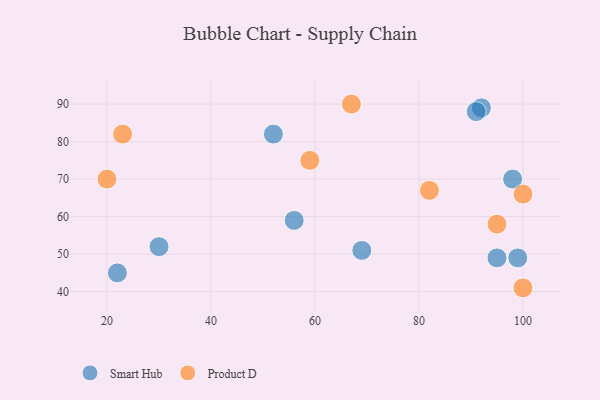
{"axis": {"x": "GDP", "y": "Life Expectancy"}, "legend": ["Product D", "Smart Hub"], "data": [{"x": "99", "y": 49, "type": "Smart Hub"}, {"x": "30", "y": 52, "type": "Smart Hub"}, {"x": "22", "y": 45, "type": "Smart Hub"}, {"x": "69", "y": 51, "type": "Smart Hub"}, {"x": "92", "y": 89, "type": "Smart Hub"}, {"x": "95", "y": 49, "type": "Smart Hub"}, {"x": "52", "y": 82, "type": "Smart Hub"}, {"x": "91", "y": 88, "type": "Smart Hub"}, {"x": "56", "y": 59, "type": "Smart Hub"}, {"x": "98", "y": 70, "type": "Smart Hub"}, {"x": "23", "y": 82, "type": "Product D"}, {"x": "100", "y": 66, "type": "Product D"}, {"x": "82", "y": 67, "type": "Product D"}, {"x": "20", "y": 70, "type": "Product D"}, {"x": "67", "y": 90, "type": "Product D"}, {"x": "59", "y": 75, "type": "Product D"}, {"x": "95", "y": 58, "type": "Product D"}, {"x": "100", "y": 41, "type": "Product D"}]}